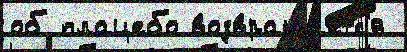
об плацебо возвраща́етс'я